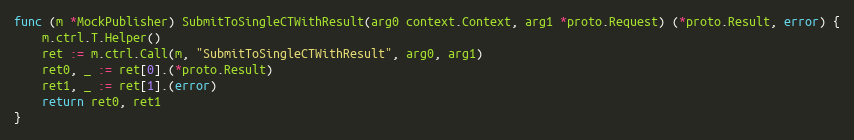
Language: Go
func (m *MockPublisher) SubmitToSingleCTWithResult(arg0 context.Context, arg1 *proto.Request) (*proto.Result, error) {
	m.ctrl.T.Helper()
	ret := m.ctrl.Call(m, "SubmitToSingleCTWithResult", arg0, arg1)
	ret0, _ := ret[0].(*proto.Result)
	ret1, _ := ret[1].(error)
	return ret0, ret1
}